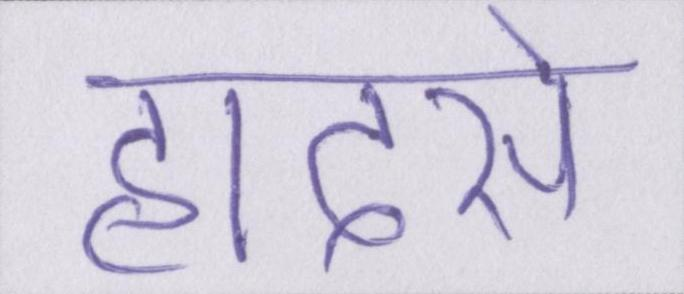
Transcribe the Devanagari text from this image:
हादसे